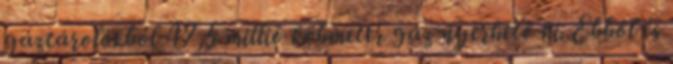
gáztárolókból 47,5 millió köbméter gáz nyerhető ki. Ebből és